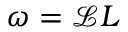
\boldsymbol { \omega } = \mathcal { L } \boldsymbol { L }